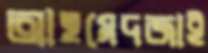
আহমেদজাই